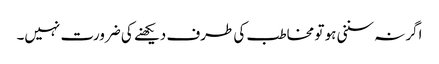
اگر نہ سننی ہو تو مخاطب کی طرف دیکھنے کی ضرورت نہیں۔